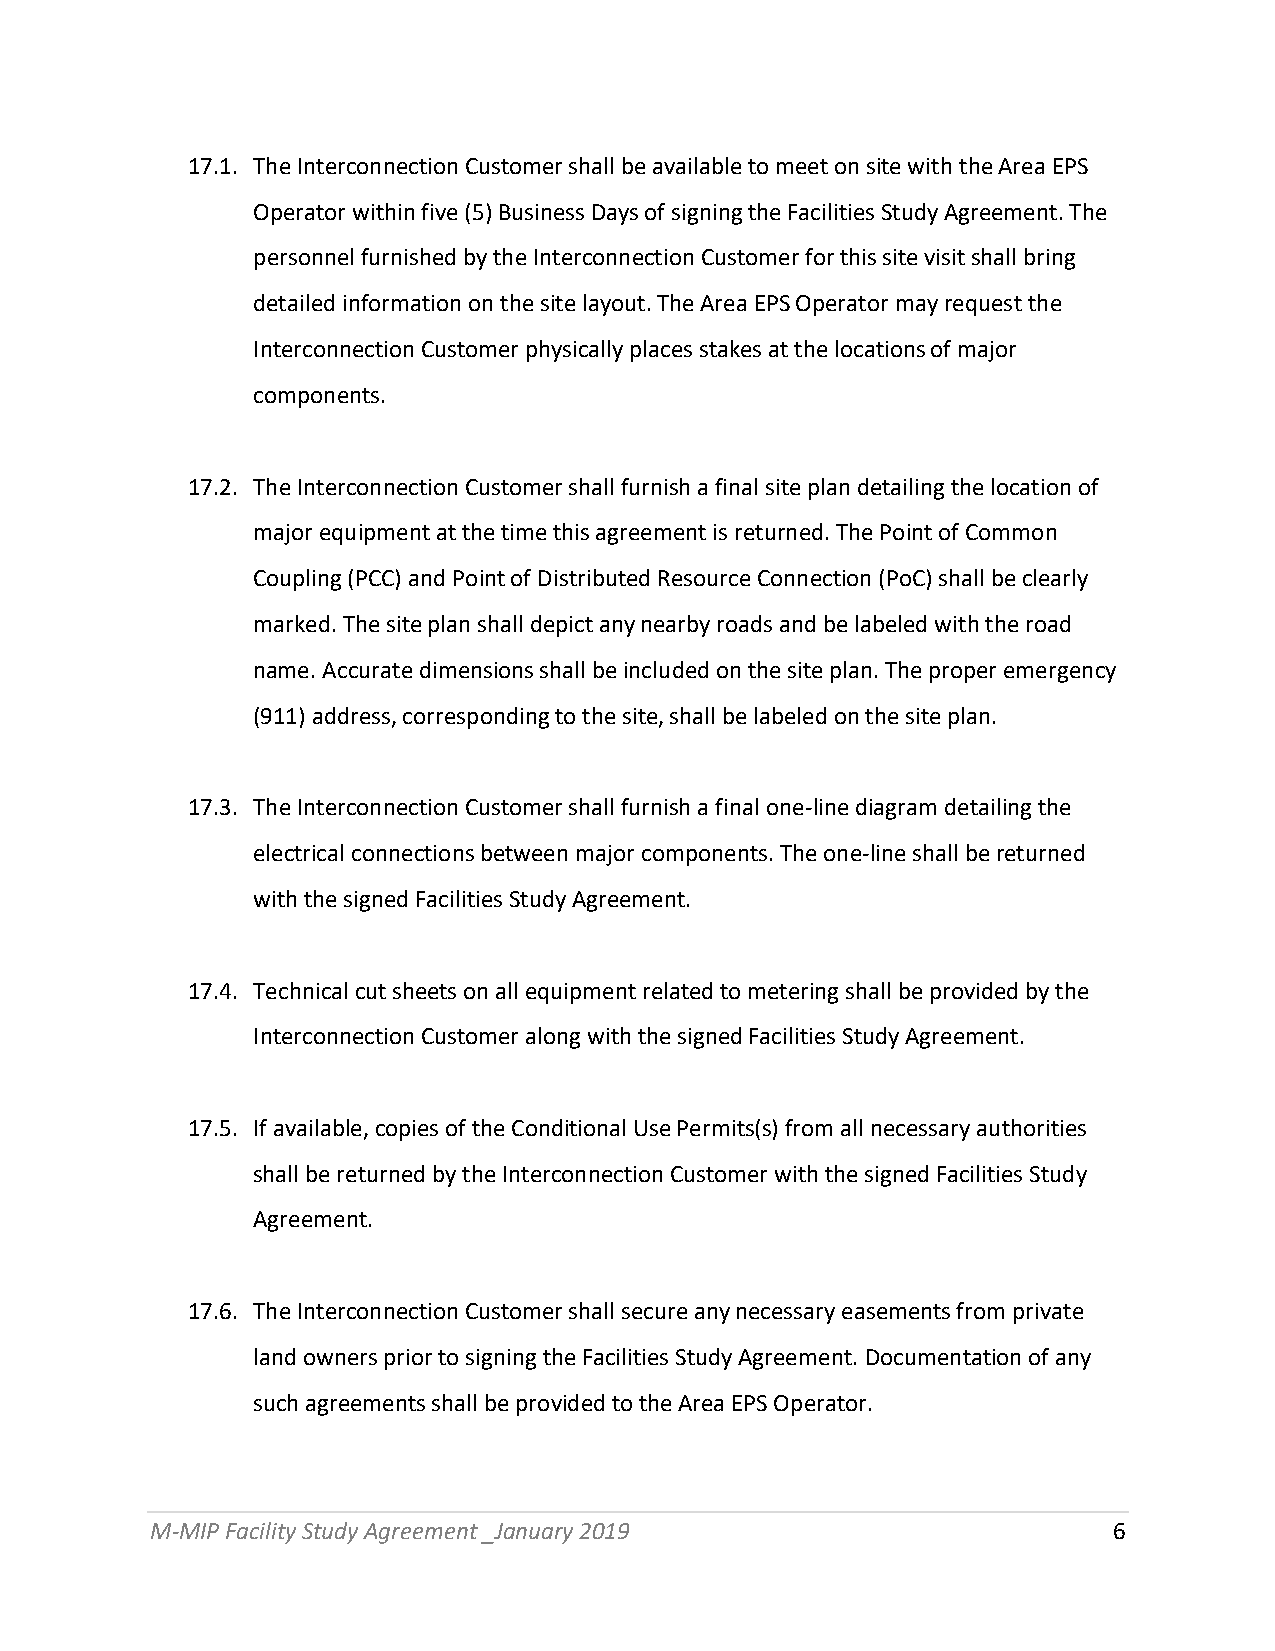
17.1. The Interconnection Customer shall be available to meet on site with the Area EPS
 Operator within five (5) Business Days of signing the Facilities Study Agreement. The
 personnel furnished by the Interconnection Customer for this site visit shall bring
 detailed information on the site layout. The Area EPS Operator may request the
 Interconnection Customer physically places stakes at the locations of major
 components.
 17.2. The Interconnection Customer shall furnish a final site plan detailing the location of
 major equipment at the time this agreement is returned. The Point of Common
 Coupling (PCC) and Point of Distributed Resource Connection (PoC) shall be clearly
 marked. The site plan shall depict any nearby roads and be labeled with the road
 name. Accurate dimensions shall be included on the site plan. The proper emergency
 (911) address, corresponding to the site, shall be labeled on the site plan.
 17.3. The Interconnection Customer shall furnish a final one-line diagram detailing the
 electrical connections between major components. The one-line shall be returned
 with the signed Facilities Study Agreement.
 17.4. Technical cut sheets on all equipment related to metering shall be provided by the
 Interconnection Customer along with the signed Facilities Study Agreement.
 17.5. If available, copies of the Conditional Use Permits(s) from all necessary authorities
 shall be returned by the Interconnection Customer with the signed Facilities Study
 Agreement.
 17.6. The Interconnection Customer shall secure any necessary easements from private
 land owners prior to signing the Facilities Study Agreement. Documentation of any
 such agreements shall be provided to the Area EPS Operator.
 M-MIP Facility Study Agreement _January 2019                    6